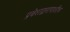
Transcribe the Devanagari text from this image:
प्रवेशद्वारापाशीच